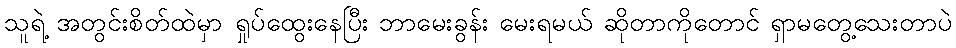
သူရဲ့ အတွင်းစိတ်ထဲမှာ ရှုပ်ထွေးနေပြီး ဘာမေးခွန်း မေးရမယ် ဆိုတာကိုတောင် ရှာမတွေ့သေးတာပဲ